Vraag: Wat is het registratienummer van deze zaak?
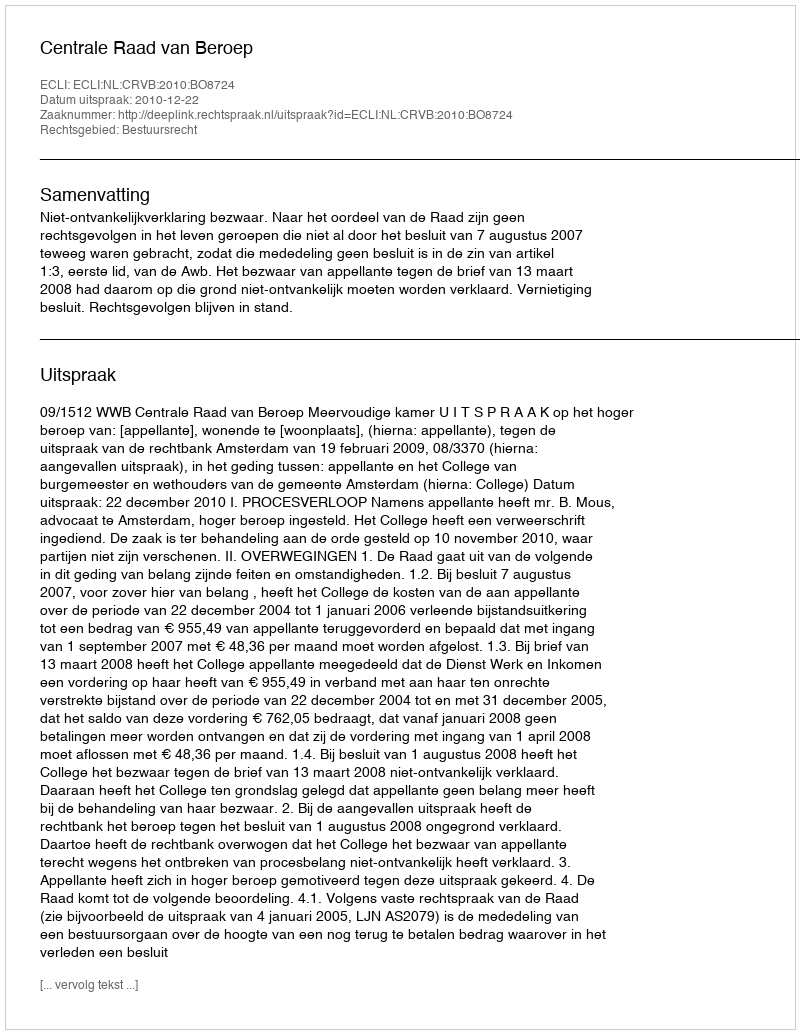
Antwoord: http://deeplink.rechtspraak.nl/uitspraak?id=ECLI:NL:CRVB:2010:BO8724